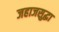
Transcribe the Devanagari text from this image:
जहाजसुद्धा